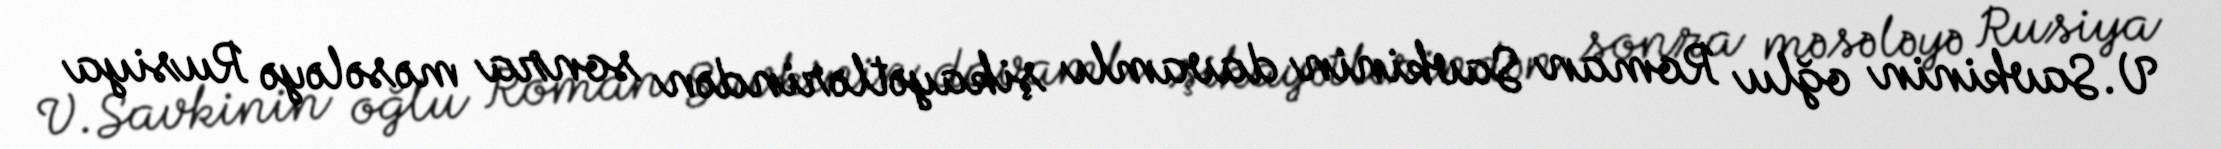
V.Savkinin oğlu Roman Savkinin davamlı şikayətlərindən sonra məsələyə Rusiya